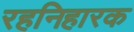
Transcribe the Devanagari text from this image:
रहनिहारक